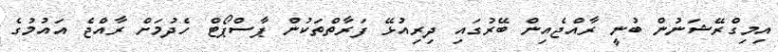
އިމިގްރޭޝަނުން ބުނީ ރާއްޖެއިން ބޭރުގައި ދިރިއުޅޭ ފަރާތްތަކުން ޕާސްޕޯޓް ހެދުމަށް ރާއްޖެ އައުމުގެ